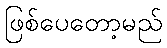
ဖြစ်ပေတော့မည်